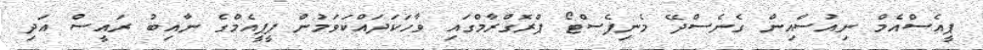
ޕީއެސްއެމް ނިއުސްއިން ގެނެސްދޭ މެނިފެސްޓޯ ޕްރޮގްރާމްގައި ވާހަކަދައްކަވަމުން ޕީޕީއެމްގެ ނާއިބު ރައީސް އަދި